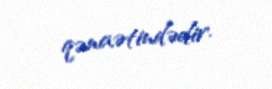
qənaətindədir.